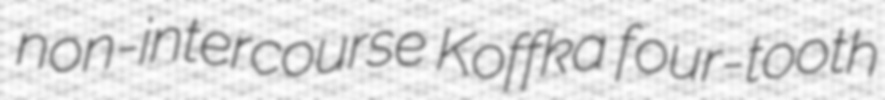
non-intercourse Koffka four-tooth